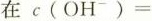
在$$c ( O H ^ { - } ) =